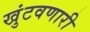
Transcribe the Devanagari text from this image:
खुंटवणारी